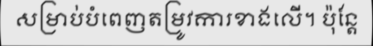
សម្រាប់បំពេញតម្រូវការខាងលើ។ ប៉ុន្តែ